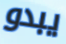
يبدو